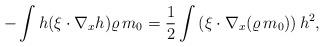
LaTeX: \begin{align*} -\int h (\xi\cdot \nabla_x h) \varrho\, m_0=\frac{1}{2} \int \left(\xi\cdot\nabla_x(\varrho\, m_0)\right)h^2,\end{align*}